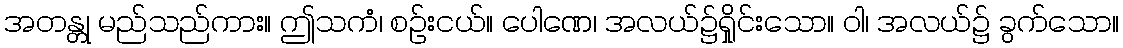
အတန္တု မည်သည်ကား။ ဤသကံ၊ စဉ်းငယ်။ ပေါဏေ၊ အလယ်၌ရှိုင်းသော။ ဝါ၊ အလယ်၌ ခွက်သော။